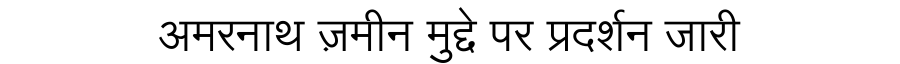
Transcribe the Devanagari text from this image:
अमरनाथ ज़मीन मुद्दे पर प्रदर्शन जारी